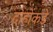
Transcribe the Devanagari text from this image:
दोहोंकडे